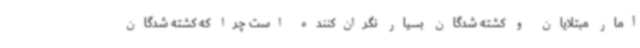
آمار مبتلایان و کشته شدگان بسیار نگران‌کننده است چرا که کشته شدگان